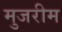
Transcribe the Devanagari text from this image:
मुजरीम